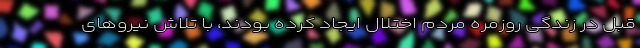
قبل در زندگی روزمره مردم اختلال ایجاد کرده بودند، با تلاش نیرو‌های